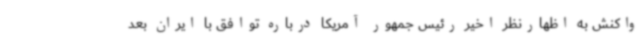
واکنش به اظهارنظر اخیر رئیس جمهور آمریکا درباره توافق با ایران بعد